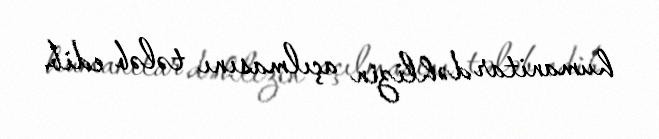
humanitar dəhlizin açılmasını tələb edib.